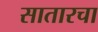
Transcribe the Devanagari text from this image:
सातारचा